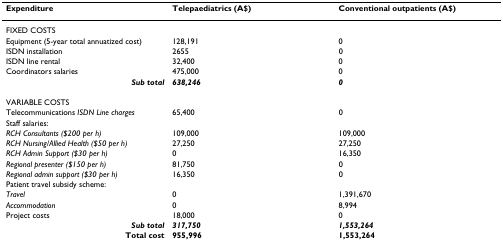
<table><thead><tr><td><b>Expenditure</b></td><td><b>Telepaediatrics (A$)</b></td><td><b>Conventional outpatients (A$)</b></td></tr></thead><tbody><tr><td>FIXED COSTS</td><td></td><td></td></tr><tr><td>Equipment (5-year total annuatized cost)</td><td>128,191</td><td>0</td></tr><tr><td>ISDN installation</td><td>2655</td><td>0</td></tr><tr><td>ISDN line rental</td><td>32,400</td><td>0</td></tr><tr><td>Coordinators salaries</td><td>475,000</td><td>0</td></tr><tr><td><b><i>Sub total</i></b></td><td><b><i>638,246</i></b></td><td><b><i>0</i></b></td></tr><tr><td>VARIABLE COSTS</td><td></td><td></td></tr><tr><td>Telecommunications <i>ISDN Line charges</i></td><td>65,400</td><td>0</td></tr><tr><td>Staff salaries:</td><td></td><td></td></tr><tr><td><i>RCH Consultants ($200 per h)</i></td><td>109,000</td><td>109,000</td></tr><tr><td><i>RCH Nursing/Allied Health ($50 per h)</i></td><td>27,250</td><td>27,250</td></tr><tr><td><i>RCH Admin Support ($30 per h)</i></td><td>0</td><td>16,350</td></tr><tr><td><i>Regional presenter ($150 per h)</i></td><td>81,750</td><td>0</td></tr><tr><td><i>Regional admin support ($30 per h)</i></td><td>16,350</td><td>0</td></tr><tr><td>Patient travel subsidy scheme:</td><td></td><td></td></tr><tr><td><i>Travel</i></td><td>0</td><td>1,391,670</td></tr><tr><td><i>Accommodation</i></td><td>0</td><td>8,994</td></tr><tr><td>Project costs</td><td>18,000</td><td>0</td></tr><tr><td><b><i>Sub total</i></b></td><td><b><i>317,750</i></b></td><td><b><i>1,553,264</i></b></td></tr><tr><td><b>Total cost</b></td><td><b>955,996</b></td><td><b>1,553,264</b></td></tr></tbody></table>